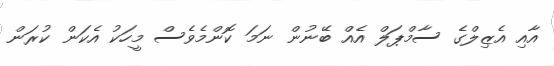
އާއި އެޒިލްގެ ސާމްޕަލް އެއް ބޭނުން ނަމަ ކޮންމެވެސް މީހަކު އެކަން ކުރަން